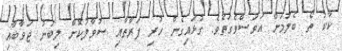
ކާކު ތޯ ބެލުމަށް އަވަސްވެގަތެވެ. ގުޅައިގެން ހުރި ފަރާތާއި ސުވާލުކޮށް ލިބުނު ޖަވާބާއި